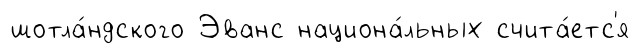
шотла́ндского Эванс национа́льных счита́етс'я